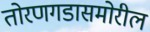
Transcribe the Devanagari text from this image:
तोरणगडासमोरील